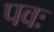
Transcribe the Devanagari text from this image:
पवः